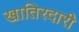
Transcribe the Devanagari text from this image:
खातिरदारी